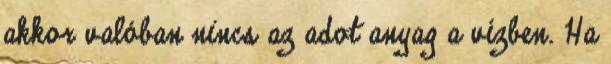
akkor valóban nincs az adot anyag a vízben. Ha